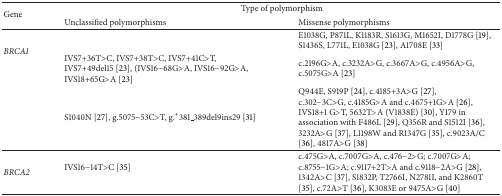
<table><thead><tr><td rowspan="2"><b>Gene</b></td><td colspan="2"><b>Type of polymorphism</b></td></tr><tr><td><b>Unclassified polymorphisms</b></td><td><b>Missense polymorphisms</b></td></tr></thead><tbody><tr><td rowspan="3"><i>BRCA1 </i></td><td> </td><td>E1038G, P871L, K1183R, S1613G, M1652I, D1778G [19], S1436S, L771L, E1038G [23], A1708E [33]</td></tr><tr><td>IVS7+36T&gt;C, IVS7+38T&gt;C, IVS7+41C&gt;T, IVS7+49del15 [23], (IVS16−68G&gt;A, IVS16−92G&gt;A, IVS18+65G&gt;A [23]</td><td>c.2196G&gt;A, c.3232A&gt;G, c.3667A&gt;G, c.4956A&gt;G, c.5075G&gt;A [23]</td></tr><tr><td>S1040N [27], g.5075−53C&gt;T, g.*381_389del9ins29 [31]</td><td>Q944E, S919P [24], c.4185+3A&gt;G [27], c.302−3C&gt;G, c.4185G&gt;A and c.4675+1G&gt;A [26], IVS18+1 G&gt;T, 5632T&gt;A (V1838E) [30], Y179 in association with F486L [29], Q356R and S1512I [36], 3232A&gt;G [37], L1198W and R1347G [35], c.9023A/C [36], 4817A&gt;G [38] </td></tr><tr><td><i>BRCA2 </i></td><td>IVS16−14T&gt;C [35]</td><td>c.475G&gt;A, c.7007G&gt;A, c.476−2&gt;G; c.7007G&gt;A; c.8755−1G&gt;A; c.9117+2T&gt;A and c.9118−2A&gt;G [28], 1342A&gt;C [37], S1832P, T2766I, N2781I, and K2860T [35], c.72A&gt;T [36], K3083E or 9475A&gt;G [40] </td></tr></tbody></table>